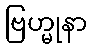
ဗြဟ္မုနာ